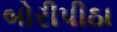
બોરીપીઠા